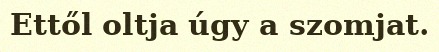
Ettől oltja úgy a szomjat.